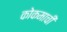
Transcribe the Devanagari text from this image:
कोकमाची